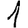
Digit: 1